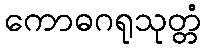
ကောဓဂရုသုတ္တံ